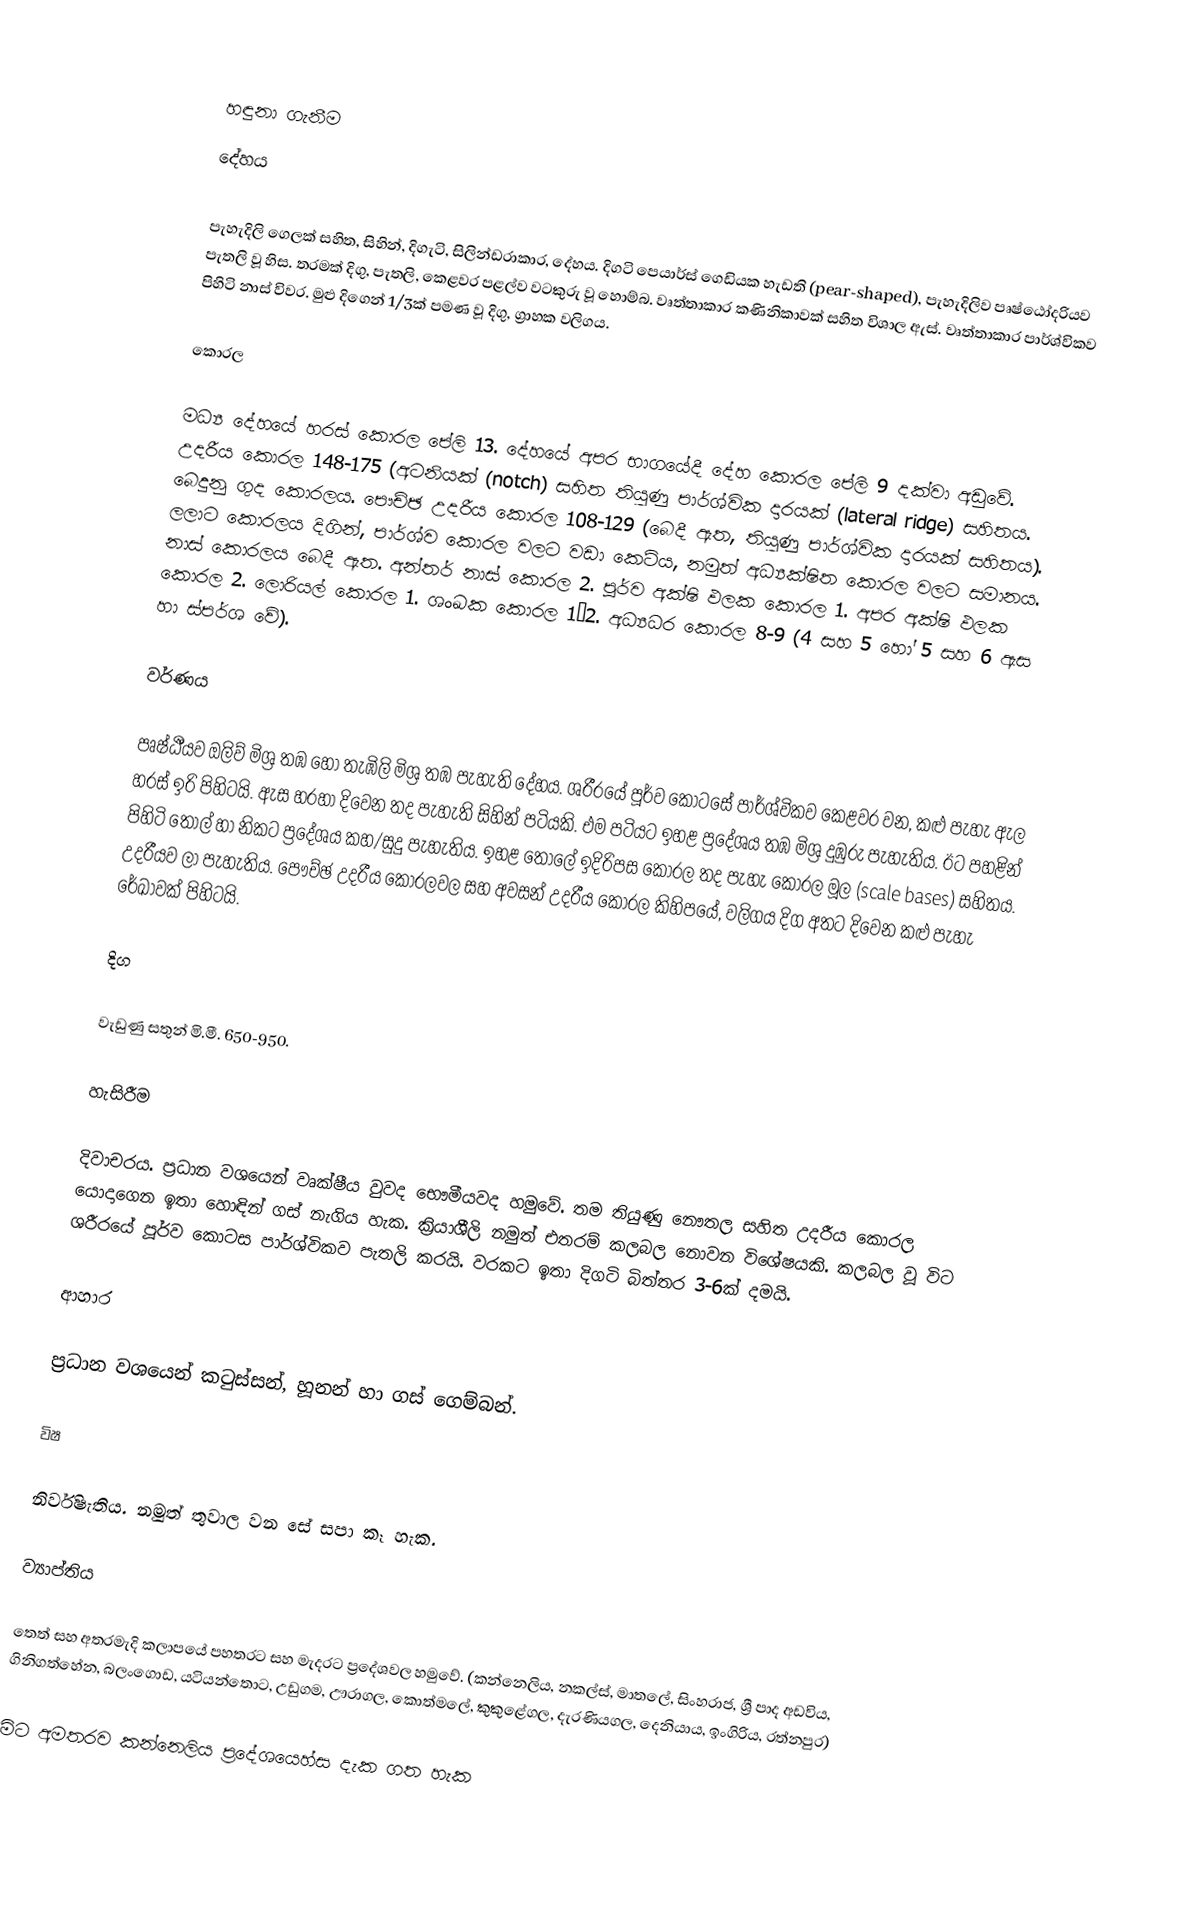

හඳුනා ගැනීම
දේහය

පැහැදිලි ගෙලක් සහිත, සිහින්, දිගැටි, සිලින්ඩරාකාර, දේහය. දිගටි පෙයාර්ස් ගෙඩියක හැඩති (pear-shaped), පැහැදිලිව පෘෂ්ඨෝදරියව පැතලි වූ හිස. තරමක් දිගු, පැතලි, කෙළවර පළල්ව වටකුරු වූ හොම්බ. වෘත්තාකාර කණිනිකාවක් සහිත විශාල ඇස්. වෘත්තාකාර පාර්ශ්විකව පිහිටි නාස් විවර. මුළු දිගෙන් 1/3ක් පමණ වූ දිගු, ග්‍රාහක වලිගය.

කොරල

මධ්‍ය දේහයේ හරස් කොරල පේලි 13. දේහයේ අපර භාගයේදී දේහ කොරල පේලි 9 දක්වා අඩුවේ. උදරීය කොරල 148-175 (අටනියක් (notch) සහිත තියුණු පාර්ශ්වික දාරයක් (lateral ridge) සහිතය. බෙදුනු ගුද කොරලය. පෞච්ඡ උදරීය කොරල 108-129 (බෙදී ඇත, තියුණු පාර්ශ්වික දාරයක් සහිතය). ලලාට කොරලය දිගින්, පාර්ශ්ව කොරල වලට වඩා කෙටිය, නමුත් අධ්‍යක්ෂිත කොරල වලට සමානය. නාස් කොරලය බෙදී ඇත. අන්තර් නාස් කොරල 2. පූර්ව අක්ෂි ඵලක කොරල 1. අපර අක්ෂි ඵලක කොරල 2. ලොරියල් කොරල 1. ශංඛක කොරල 1–2. අධ්‍යධර කොරල 8-9 (4 සහ 5 හෝ 5 සහ 6 ඇස හා ස්පර්ශ වේ).

වර්ණය

පෘෂ්ඨීයව ඔලිව් මිශ්‍ර තඹ හෝ තැඹිලි මිශ්‍ර තඹ පැහැති දේහය. ශරීරයේ පූර්ව කොටසේ පාර්ශ්විකව කෙළවර වන, කළු පැහැ ඇල හරස් ඉරි පිහිටයි. ඇස හරහා දිවෙන තද පැහැති සිහින් පටියකි. එම පටියට ඉහළ ප්‍රදේශය තඹ මිශ්‍ර දුඹුරු පැහැතිය. ඊට පහළින් පිහිටි තොල් හා නිකට ප්‍රදේශය කහ/සුදු පැහැතිය. ඉහළ තොලේ ඉදිරිපස කොරල තද පැහැ කොරල මූල (scale bases) සහිතය. උදරීයව ලා පැහැතිය. පෞච්ඡ උදරීය කොරලවල සහ අවසන් උදරීය කොරල කිහිපයේ, වලිගය දිග අතට දිවෙන කළු පැහැ රේඛාවක් පිහිටයි.

දිග

වැඩුණු සතුන් මි.මී. 650-950.

හැසිරීම

දිවාචරය. ප්‍රධාන වශයෙන් වෘක්ෂීය වුවද භෞමීයවද හමුවේ. තම තියුණු නෞතල සහිත උදරීය කොරල යොදාගෙන ඉතා හොඳින් ගස් නැගිය හැක. ක්‍රියාශීලි නමුත් එතරම් කලබල නොවන විශේෂයකි. කලබල වූ විට ශරීරයේ පූර්ව කොටස පාර්ශ්විකව පැතලි කරයි. වරකට ඉතා දිගටි බිත්තර 3-6ක් දමයි.

ආහාර

ප්‍රධාන වශයෙන් කටුස්සන්, හූනන් හා ගස් ගෙම්බන්.

විෂ

නිර්විෂැතිය. නමුත් තුවාල වන සේ සපා කෑ හැක.

ව්‍යාප්තිය

තෙත් සහ අතරමැදි කලාපයේ පහතරට සහ මැදරට ප්‍රදේශවල හමුවේ. (කන්නෙලිය, නකල්ස්, මාතලේ, සිංහරාජ, ශ්‍රී පාද අඩවිය, ගිනිගත්හේන, බලංගොඩ, යටියන්තොට, උඩුගම, ඌරාගල, කොත්මලේ, කුකුළේගල, දැරණියගල, දෙනියාය, ඉංගිරිය, රත්නපුර)

මිට අමතරව කන්නෙලිය ප්‍රදේශයෙහ්ස දැක ගත හැක